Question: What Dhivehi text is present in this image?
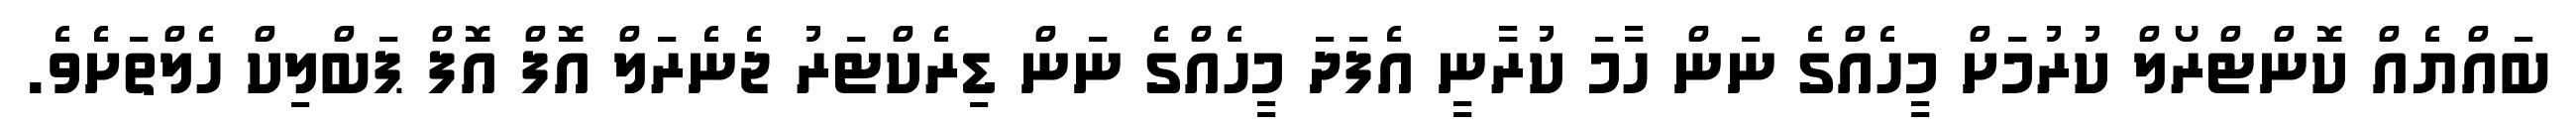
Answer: ބައްޔެއް ކޮންޓްރޯލް ކުރުމަށް މީހެއްގެ ނަން ހާމަ ކުރާނީ އެފަދަ މީހެއްގެ ނަން ޑިރެކްޓަރު ޖެނެރަލް އޮފް އޮފް ޕަބްލިކް ހެލްތަށެެވެ.